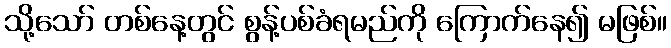
သို့သော် တစ်နေ့တွင် စွန့်ပစ်ခံရမည်ကို ကြောက်နေ၍ မဖြစ်။